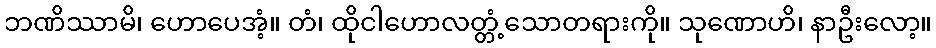
ဘဏိဿာမိ၊ ဟောပေအံ့။ တံ၊ ထိုငါဟောလတ္တံ့သောတရားကို။ သုဏောဟိ၊ နာဦးလော့။